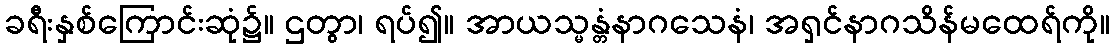
ခရီးနှစ်ကြောင်းဆုံ၌။ ဌတွာ၊ ရပ်၍။ အာယသ္မန္တံနာဂသေနံ၊ အရှင်နာဂသိန်မထေရ်ကို။